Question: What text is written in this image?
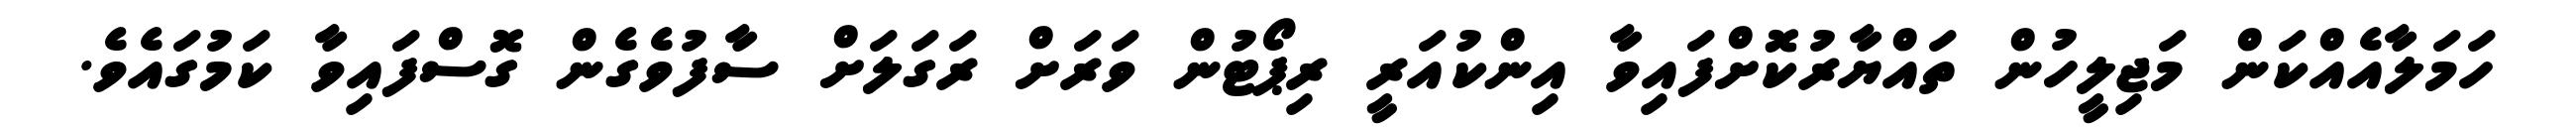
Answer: ހަމަލާއެއްކަން މަޖިލީހުން ތައްޔާރުކޮށްފައިވާ އިންކުއަރީ ރިޕޯޓުން ވަރަށް ރަގަލަށް ސާފުވެގެން ގޮސްފައިވާ ކަމުގައެވެ.